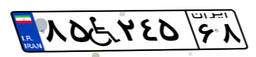
۸۵W۲۴۵۶۸